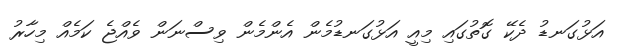
އަޅުގަނޑު ދެކޭ ގޮތުގައި މިއީ އަޅުގަނޑުމެން އެންމެން ވިސްނަން ވެއްޖެ ކަމެއް މިހާރު